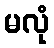
မလုံ